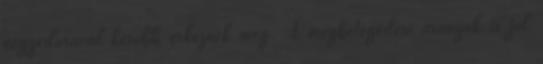
negyedórával később érkeznek meg. A megbetegedési arányok is jól